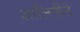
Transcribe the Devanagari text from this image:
शालिनीने